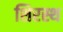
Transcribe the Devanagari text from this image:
शिरस्थ